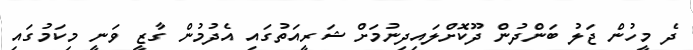
ދެ މީހުން ޖަލު ބަންދުން ދޫކޮށްލައިދިނުމަށް ޝަރީއަތުގައި އެދުމުން ގާޒީ ވަނީ މިކަމުގައި